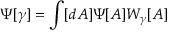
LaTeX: \Psi [ \gamma ] = \int [ d A ] \Psi [ A ] W _ { \gamma } [ A ]